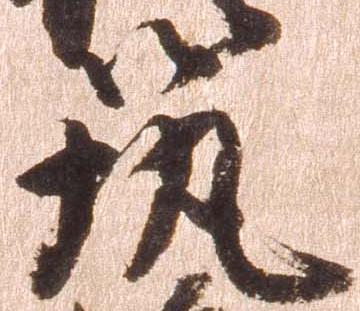
筑